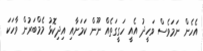
އެހެން ނަމަވެސް ވަހީދު އެއީ ހަގީގަތެއް ނޫން ކަމަށާއި އިދިކޮޅު މެމްބަރުން ވާހަކަ